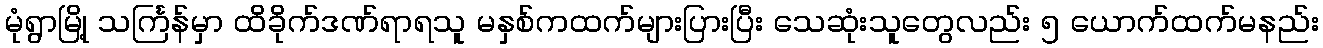
မုံရွာမြို့ သင်္ကြန်မှာ ထိခိုက်ဒဏ်ရာရသူ မနှစ်ကထက်များပြားပြီး သေဆုံးသူတွေလည်း ၅ ယောက်ထက်မနည်း